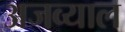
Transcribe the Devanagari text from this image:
अजव्याल